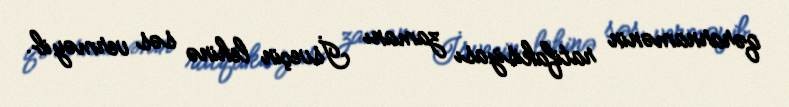
qərarnamənin ratifakisiyası zamanı İsveçin lehinə səs verməyib.